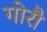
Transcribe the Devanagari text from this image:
गोरौ